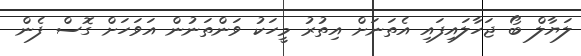
ލަޔާލް ބޯ ޖަހާލައިފައި އެތަނަށް އިތުރު މީހަކު ވަންތަނުން އަވަހަށް ގޮސް ފެން